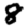
Digit: 8